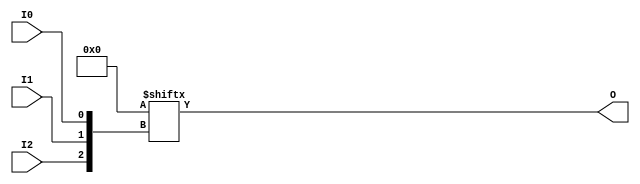
module LUT3 (O, I0, I1, I2);

    parameter INIT = 8'h00;

    input I0, I1, I2;

    output O;

    reg O;
    reg tmp;
  
    always @(  I2 or  I1 or  I0 )  begin
      tmp =  I0 ^ I1  ^ I2;
      if ( tmp == 0 || tmp == 1)
           O = INIT[{I2, I1, I0}];
      else
           O = lut3_mux4 ( {1'b0, 1'b0, lut3_mux4 (INIT[7:4], {I1, I0}),
                          lut3_mux4 (INIT[3:0], {I1, I0}) }, {1'b0, I2});
    end

  function lut3_mux4;
  input [3:0] d;
  input [1:0] s;

  begin
       if ((s[1]^s[0] ==1) || (s[1]^s[0] ==0))
           lut3_mux4 = d[s];
         else if ((d[0] === d[1]) && (d[2] === d[3]) && (d[0] === d[2]))
           lut3_mux4 = d[0];
         else if ((s[1] == 0) && (d[0] === d[1]))
           lut3_mux4 = d[0];
         else if ((s[1] == 1) && (d[2] === d[3]))
           lut3_mux4 = d[2];
         else if ((s[0] == 0) && (d[0] === d[2]))
           lut3_mux4 = d[0];
         else if ((s[0] == 1) && (d[1] === d[3]))
           lut3_mux4 = d[1];
         else
           lut3_mux4 = 1'bx;
   end
   endfunction

endmodule